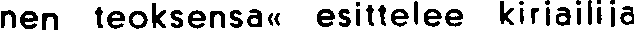
nen teoksensa« esittelee kirjailija